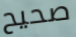
صحيح